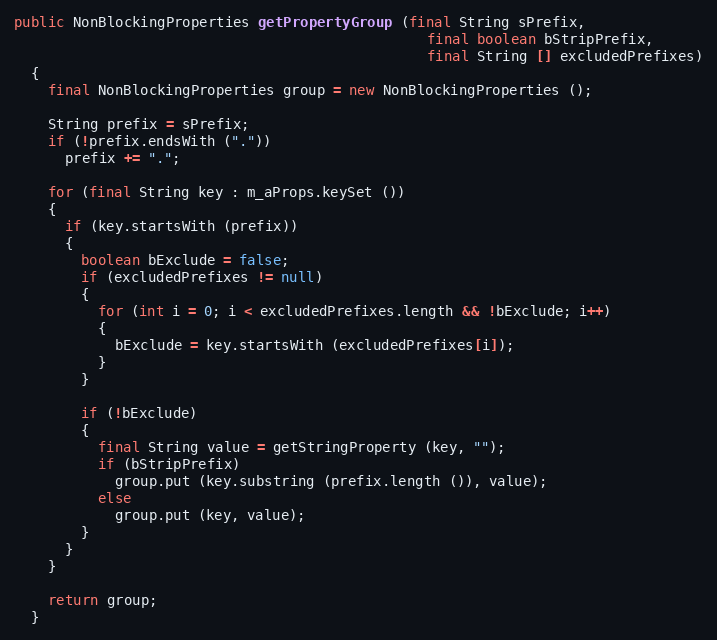
Language: Java
public NonBlockingProperties getPropertyGroup (final String sPrefix,
                                                 final boolean bStripPrefix,
                                                 final String [] excludedPrefixes)
  {
    final NonBlockingProperties group = new NonBlockingProperties ();

    String prefix = sPrefix;
    if (!prefix.endsWith ("."))
      prefix += ".";

    for (final String key : m_aProps.keySet ())
    {
      if (key.startsWith (prefix))
      {
        boolean bExclude = false;
        if (excludedPrefixes != null)
        {
          for (int i = 0; i < excludedPrefixes.length && !bExclude; i++)
          {
            bExclude = key.startsWith (excludedPrefixes[i]);
          }
        }

        if (!bExclude)
        {
          final String value = getStringProperty (key, "");
          if (bStripPrefix)
            group.put (key.substring (prefix.length ()), value);
          else
            group.put (key, value);
        }
      }
    }

    return group;
  }